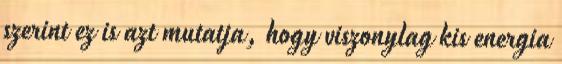
szerint ez is azt mutatja, hogy viszonylag kis energia